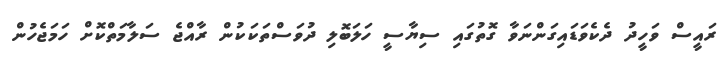
ރައީސް ވަހީދު ދެކެވަޑައިގަންނަވާ ގޮތުގައި ސިޔާސީ ހަލަބޮލި ދުވަސްތަކަކުން ރާއްޖެ ސަލާމަތްކޮށް ހަމަޖެހުން